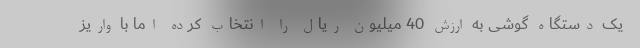
یک دستگاه گوشی به ارزش 40 میلیون ریال را انتخاب کرده اما با واریز